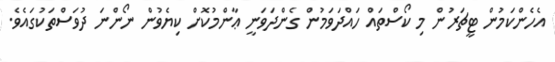
އެހެންކަމުން ޓީޗަރުން މި ކޯސްތައް ހައްދަވަމުން ގެންދަވަނީ ޢާންމުކޮށް ކިޔެވުން ނޯންނަ ދުވަސްތަކުގައެވެ.